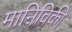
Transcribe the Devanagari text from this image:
मानिविकी